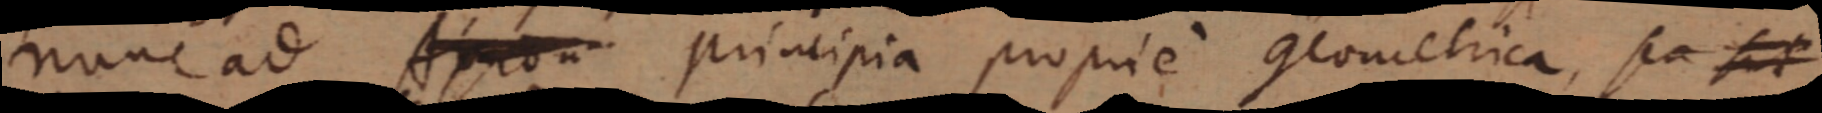
nunc ad Axio principia proprie geometrica, sea sit